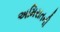
અમિરાતની